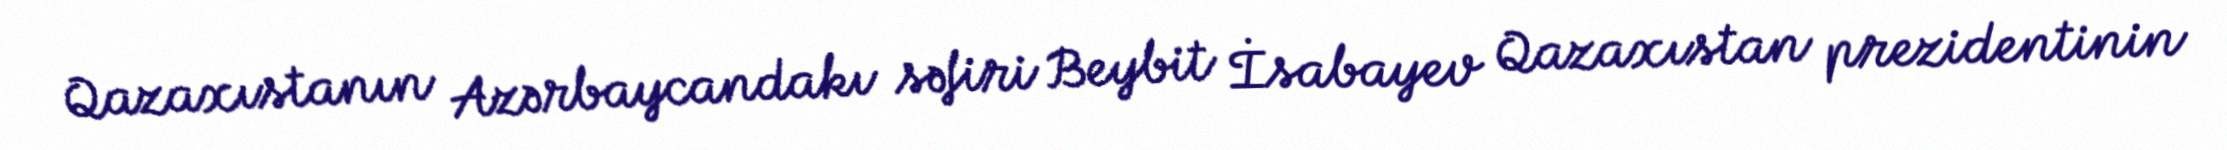
Qazaxıstanın Azərbaycandakı səfiri Beybit İsabayev Qazaxıstan prezidentinin